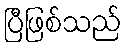
ပြီဖြစ်သည်